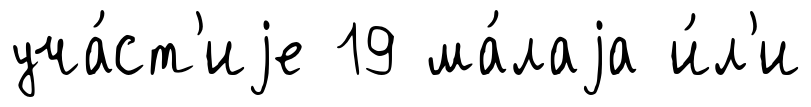
уча́ст'иjе 19 ма́лаjа и́л'и